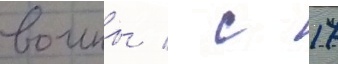
воины / с 17